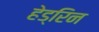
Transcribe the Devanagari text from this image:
हेड्रिन